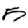
Digit: 5